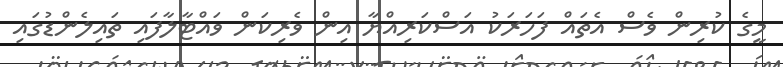
މީގެ ކުރިން ވެސް އެތައް ފަހަރަކު އަސްކަރިއްޔާ އިން ވެރިކަން ވައްޓާލާފައި ތައިލެންޑުގައި